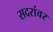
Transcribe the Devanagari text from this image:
सदरांवर